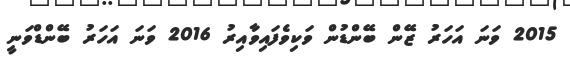
2015 ވަނަ އަހަރު ޒޭން ބޭންޑުން ވަކިވެފައިވާއިރު 2016 ވަނަ އަހަރު ބޭންޑްވަނީ